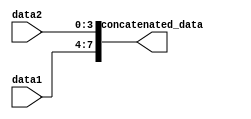
module concatenation_example (
  input [3:0] data1,
  input [3:0] data2,
  output reg [7:0] concatenated_data
);

always @(*) begin
  concatenated_data = {data1, data2};
end

endmodule